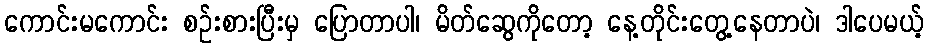
ကောင်းမကောင်း စဉ်းစားပြီးမှ ပြောတာပါ၊ မိတ်ဆွေကိုတော့ နေ့တိုင်းတွေ့နေတာပဲ၊ ဒါပေမယ့်